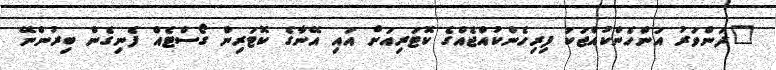
"ދަންވަރު އަންހެންކުއްޖަކު ފިރިހެންކުއްޖެއްގެ ކޮޓަރިއަށް އައި އޭނާގެ ކޮޓަރިން ގޯސްޓެއް ފެނިގެން ބިރުންނޭ